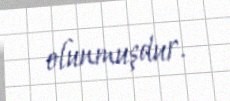
olunmuşdur.